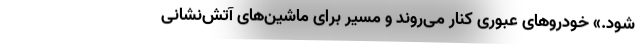
شود.» خودروهای عبوری کنار می‌روند و مسیر برای ماشین‌های آتش‌نشانی